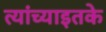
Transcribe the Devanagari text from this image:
त्यांच्याइतके